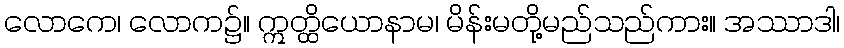
လောကေ၊ လောက၌။ ဣတ္ထိယောနာမ၊ မိန်းမတို့မည်သည်ကား။ အဿာဒါ၊